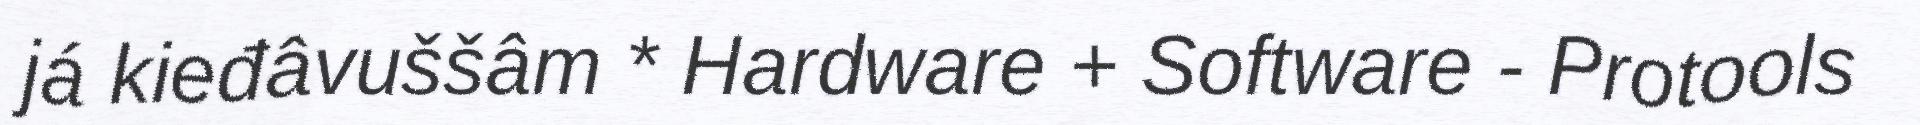
já kieđâvuššâm * Hardware + Software - Protools